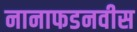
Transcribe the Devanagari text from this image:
नानाफडनवीस